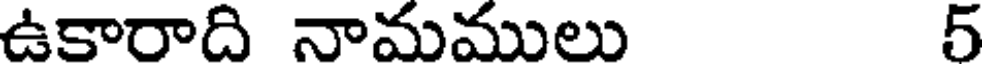
ఉకారాది నామములు 5